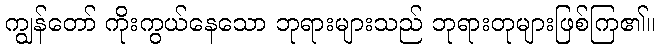
ကျွန်တော် ကိုးကွယ်နေသော ဘုရားများသည် ဘုရားတုများဖြစ်ကြ၏။